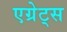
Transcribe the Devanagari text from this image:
एग्रेट्स